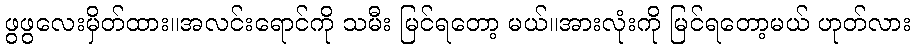
ဖွဖွလေးမှိတ်ထား။အလင်းရောင်ကို သမီး မြင်ရတော့ မယ်။အားလုံးကို မြင်ရတော့မယ် ဟုတ်လား